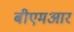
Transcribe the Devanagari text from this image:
बीएमआर